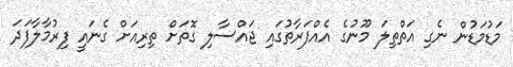
މަޑުމަޑުން ނެގި އަތްތިލަ މޫނުގެ އެއްފަރާތުގައި ޖައްސާލި ގޮތަށް ތިރިއަށް ގެނައީ ފިރުމާލާފަދަ